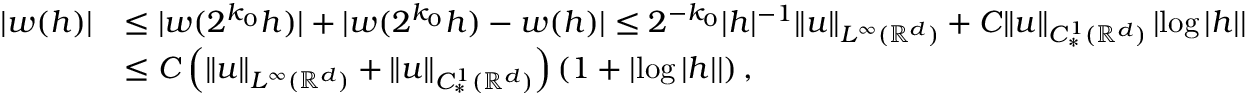
\begin{array} { r l } { | w ( h ) | } & { \leq | w ( 2 ^ { k _ { 0 } } h ) | + | w ( 2 ^ { k _ { 0 } } h ) - w ( h ) | \leq 2 ^ { - k _ { 0 } } | h | ^ { - 1 } \| u \| _ { L ^ { \infty } ( \mathbb R ^ { d } ) } + C \| u \| _ { C _ { * } ^ { 1 } ( \mathbb R ^ { d } ) } \left| \log | h | \right| } \\ & { \leq C \left( \| u \| _ { L ^ { \infty } ( \mathbb R ^ { d } ) } + \| u \| _ { C _ { * } ^ { 1 } ( \mathbb R ^ { d } ) } \right) \left( 1 + \left| \log | h | \right| \right) , } \end{array}